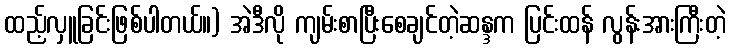
ထည့်လှူခြင်းဖြစ်ပါတယ်။) အဲဒီလို ကျမ်းစာပြီးစေချင်တဲ့ဆန္ဒက ပြင်းထန် လွန်းအားကြီးတဲ့